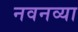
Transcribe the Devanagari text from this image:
नवनव्‍या